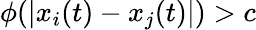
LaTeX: \phi(|x_{i}(t)-x_{j}(t)|)>c